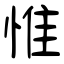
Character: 惟